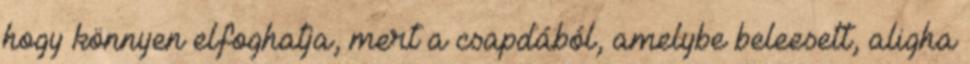
hogy könnyen elfoghatja, mert a csapdából, amelybe beleesett, aligha